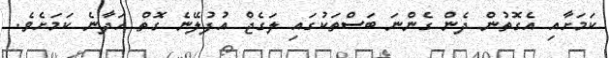
ކަަމަށާއި އެގޮތުން ދެން ގެންނަ ބަސްތަކުގައި ލަގެޖް އުފުލޭނެ ގޮތް ހަދާނެ ކަމަށެވެ.